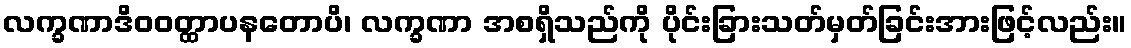
လက္ခဏာဒိဝဝတ္ထာပနတောပိ၊ လက္ခဏာ အစရှိသည်ကို ပိုင်းခြားသတ်မှတ်ခြင်းအားဖြင့်လည်း။